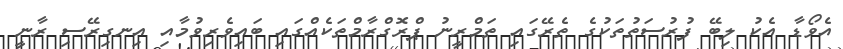
އެވޯޑާ އެކު ލިބޭ ފުރުސަތުތަކުގެ ތެރޭގައި ތަމްރީނު ޕްރޮގްރާމްތަކެއްގައި ބައިވެރިވުމާއި އިނގިރޭސި ރާނީ